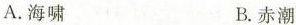
A. 海味 B. 赤潮